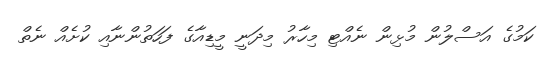
ކަމުގެ އަސްލުން މުޅިން ނެއްޓި މިހާރު މިދަނީ މީޑިއާގެ ފަހަތުންނާއި ކުށެއް ނެތް